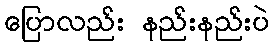
ပြောလည်း နည်းနည်းပဲ